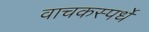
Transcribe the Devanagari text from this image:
वाचकस्पर्धे